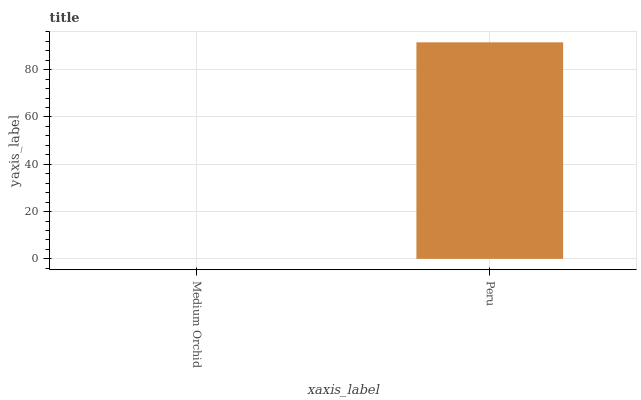
| xaxis_label | bars |
 | --- | --- |
 | Medium Orchid | 0 |
 | Peru | 91.6 |